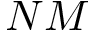
N M